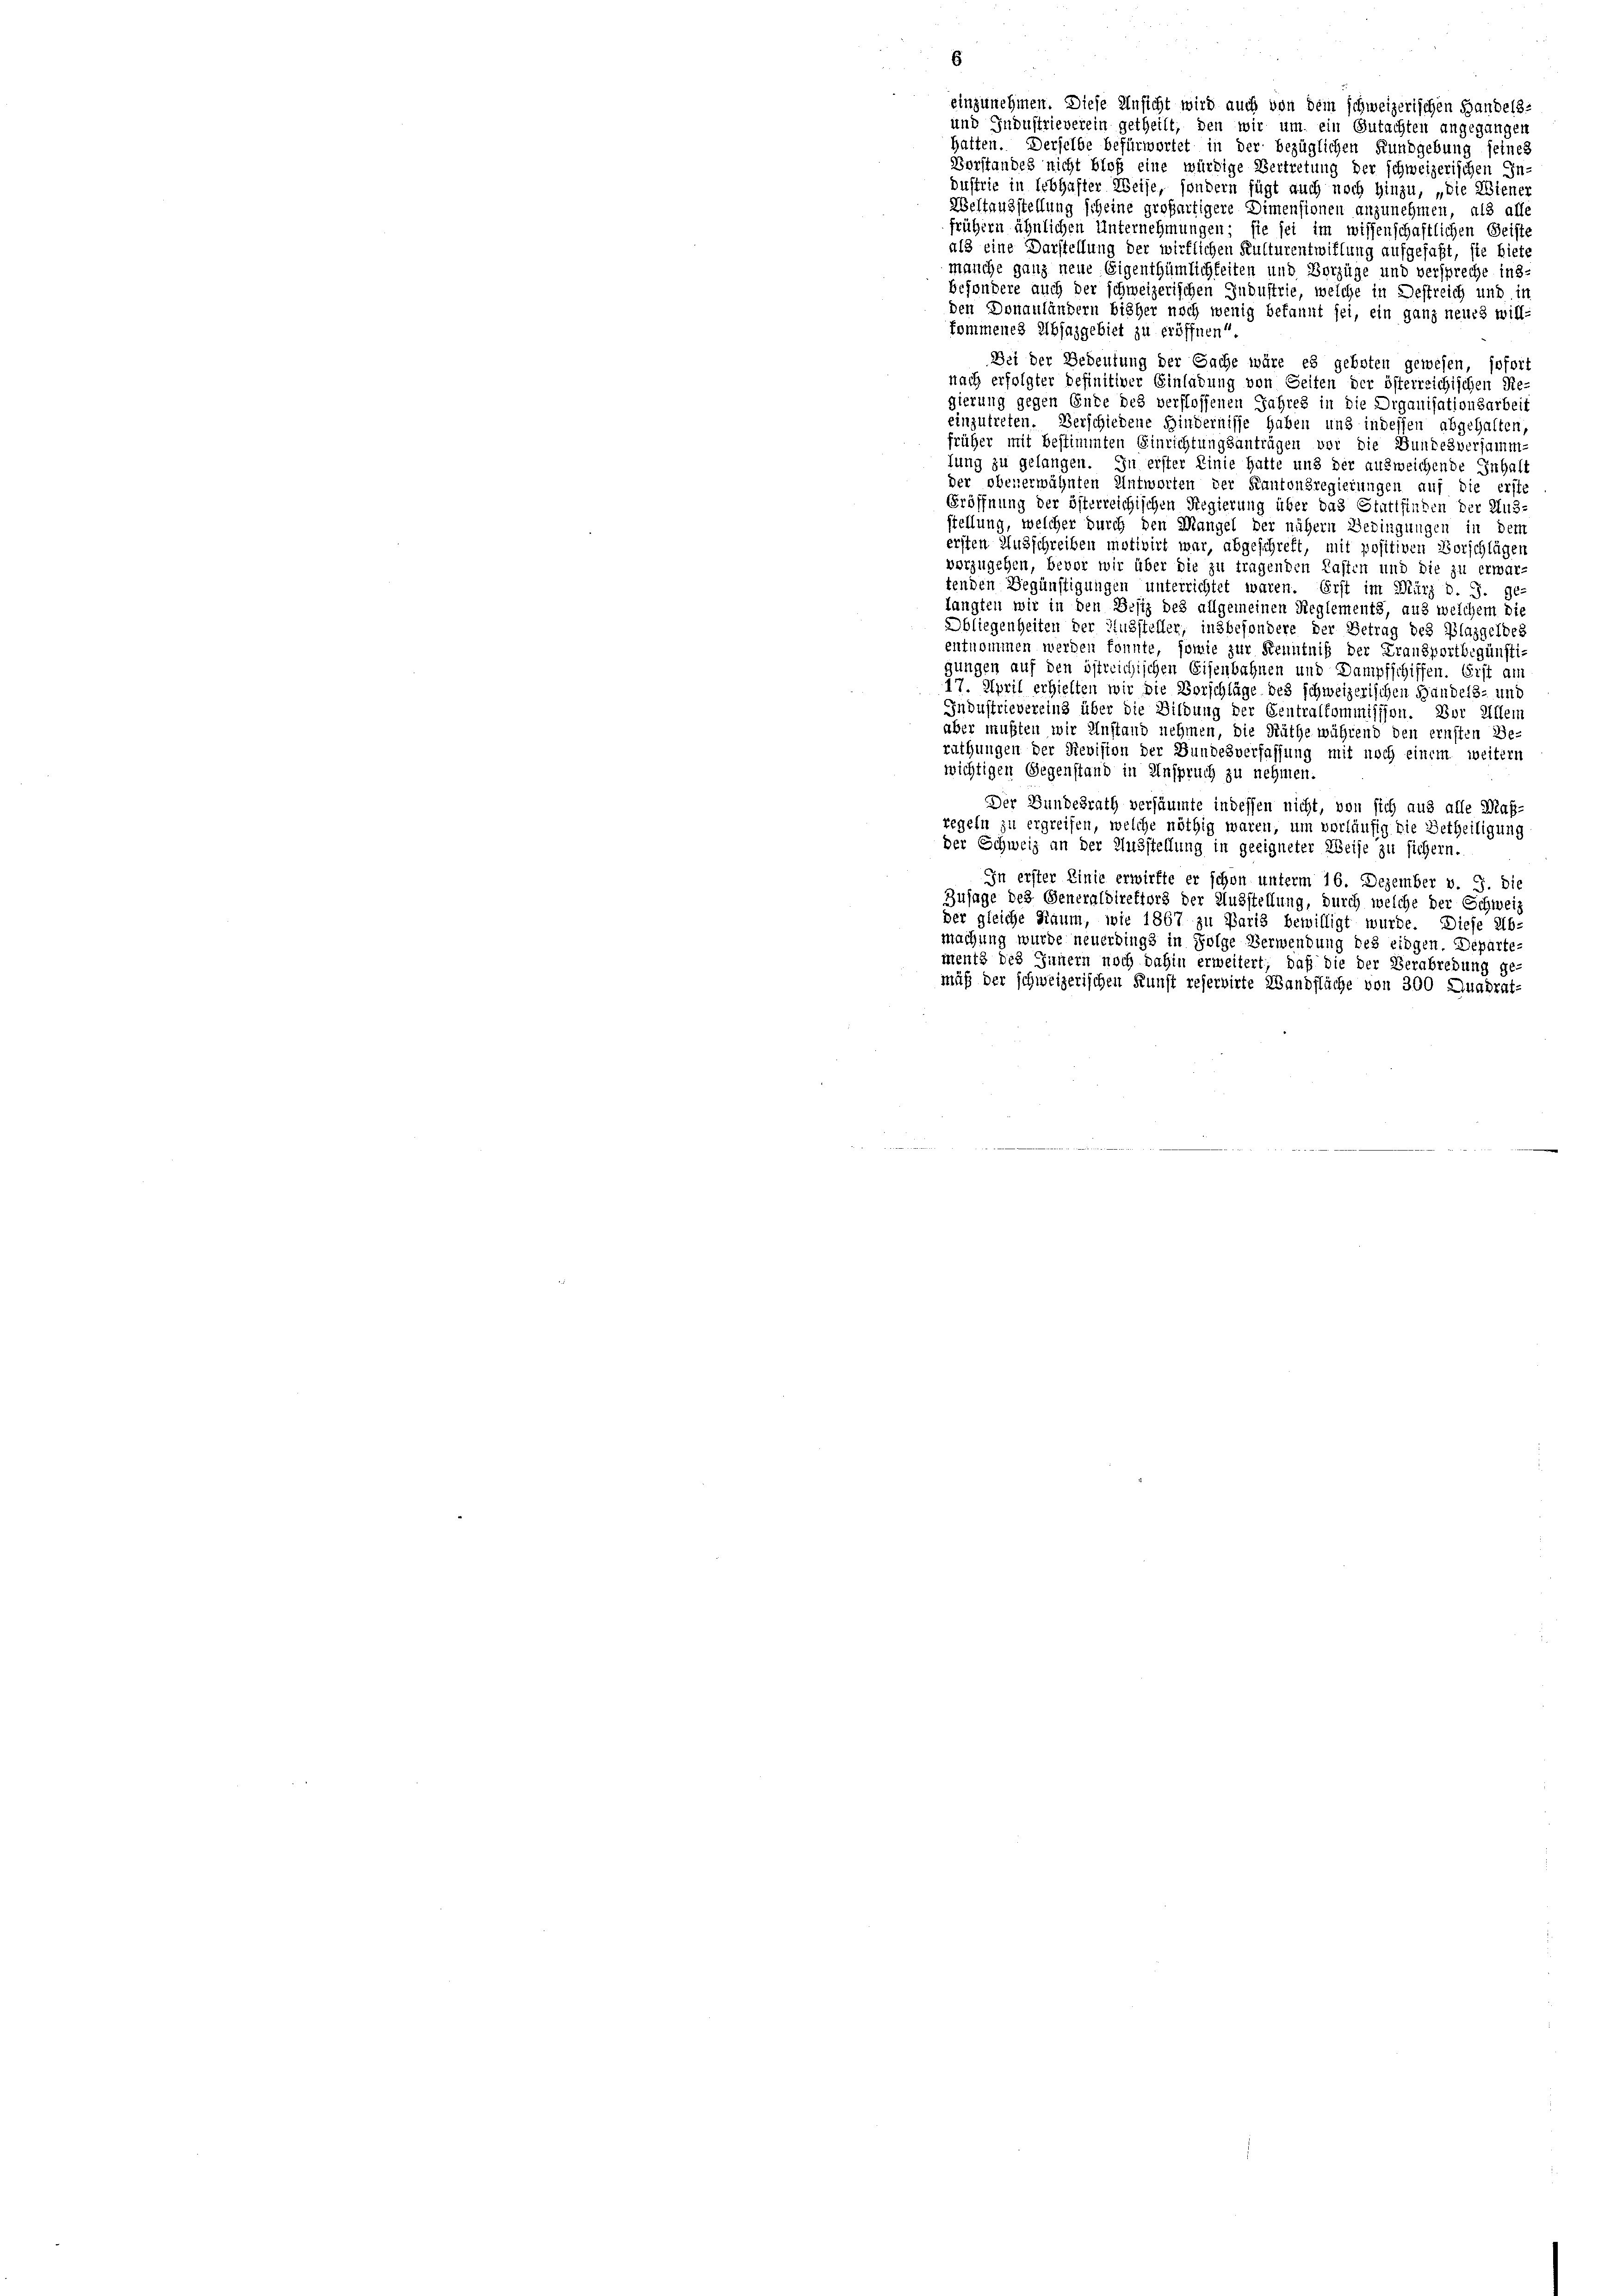
einzunehmen. Diese Ansicht wird auch von dem schweizerischen Handels-
und Industrieverein getheilt; den wir um ein Gutachten angegangen
hatten. Derselbe befürwortet in der bezüglichen Kundgebung seines
Vorstandes nicht bloß eine würdige Vertretung der schweizerischen Industrie in lebhafter Weise, sondern fügt auch noch hinzu, „die Wiener
Weltausstellung scheine großartigere Dimensionen anzunehmen, als alle
frühern ähnlichen Unternehmungen; sie sei im wissenschaftlichen Geiste
als eine Darstellung der wirklichen Kulturentwillung aufgefaßt, sie biete
manche ganz neue Eigenthümlichkeiten und Vorzüge und verspreche ins-
besondere auch der schweizerischen Industrie, welche in Destreich und ic
den Donauländern bisher noch wenig bekannt sei, ein ganz neues will-
kommenes Absazgebiet zu eröffnen“
Bei der Bedeutung der Sache wäre es geboten gewesen, sofort
nach erfolgter Definitiver Einladung von Seiten der österreichischen Regierung gegen Ende des verflossenen Jahres in die Organisationsarbeit
einzutreten. Verschiedene Hindernisse haben und indessen abgehalten,
früher mit bestimmten Einrichtungsanträgen vor die Bundesversamm-
lung zu gelangen. In erster Linie hatte und der ausweichende Inhalt
der obenerwähnten Antworten der Kantonsregierungen auf die erste
Eröffnung der österreichischen Regierung über das Stattfinden der Aus-
stellung, welcher durch den Mangel der nähern Bedingungen in dem
ersten Ausschreiben motivirt war, abgeschreft, mit positiven Vorschlägen
vorzugehen, bevor wir über die zu tragenden Lasten und die zu erwar-
tenden Begünstigungen unterrichtet waren. Erst im März d. J. ge
angten wir in den Besiz des allgemeinen Reglements, aus welchem di
Obliegenheiten der Aussteller, insbesondere der Betrag des Plazgeldes
entnommen werden konnte, sowie zur Kenntniß der Fransportbegünsti-
gungen auf den östreichischen Eisenbahnen und Dampfschiffen. Erst am
17. April erhielten wir die Vorschläge des schweizerischen Handels- und
Industrievereins über die Bildung der Centralkommission. Dor Allem
aber mußten wir Anstand nehmen, die Räthe während den ernsten Be-
rathungen der Revision der Bundesverfassung mit noch einem weitern
wichtigen Gegenstand in Anspruch zu nehmen.
Der Bundesrath versäumte indessen nicht, von sich aus alle Maß-
regeln zu ergreifen, welche nöthig waren, um vorläufig die Betheiligung
der Schweiz an der Ausstellung in geeigneter Weise zu sichern.
In erster Linie erwirfte er schon unterm 16. Dezember v. J. die
Zusage des Generaldirektors der Ausstellung, durch welche der Schweiz
der gleiche Raum, wie 1867 zu Paris bewilligt wurde. Diese Ab-
machung wurde neuerdings in Folge Verwendung des eidgen. Departe-
ments des Innern noch dahin erweitert, daß die der Verabredung ge-
mäß der schweizerischen Kunst reservirte Wandfläche von 300 Quadrat-